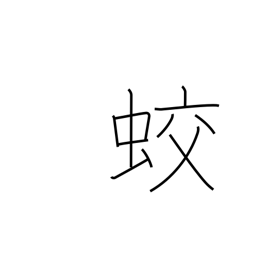
Meaning: dragon